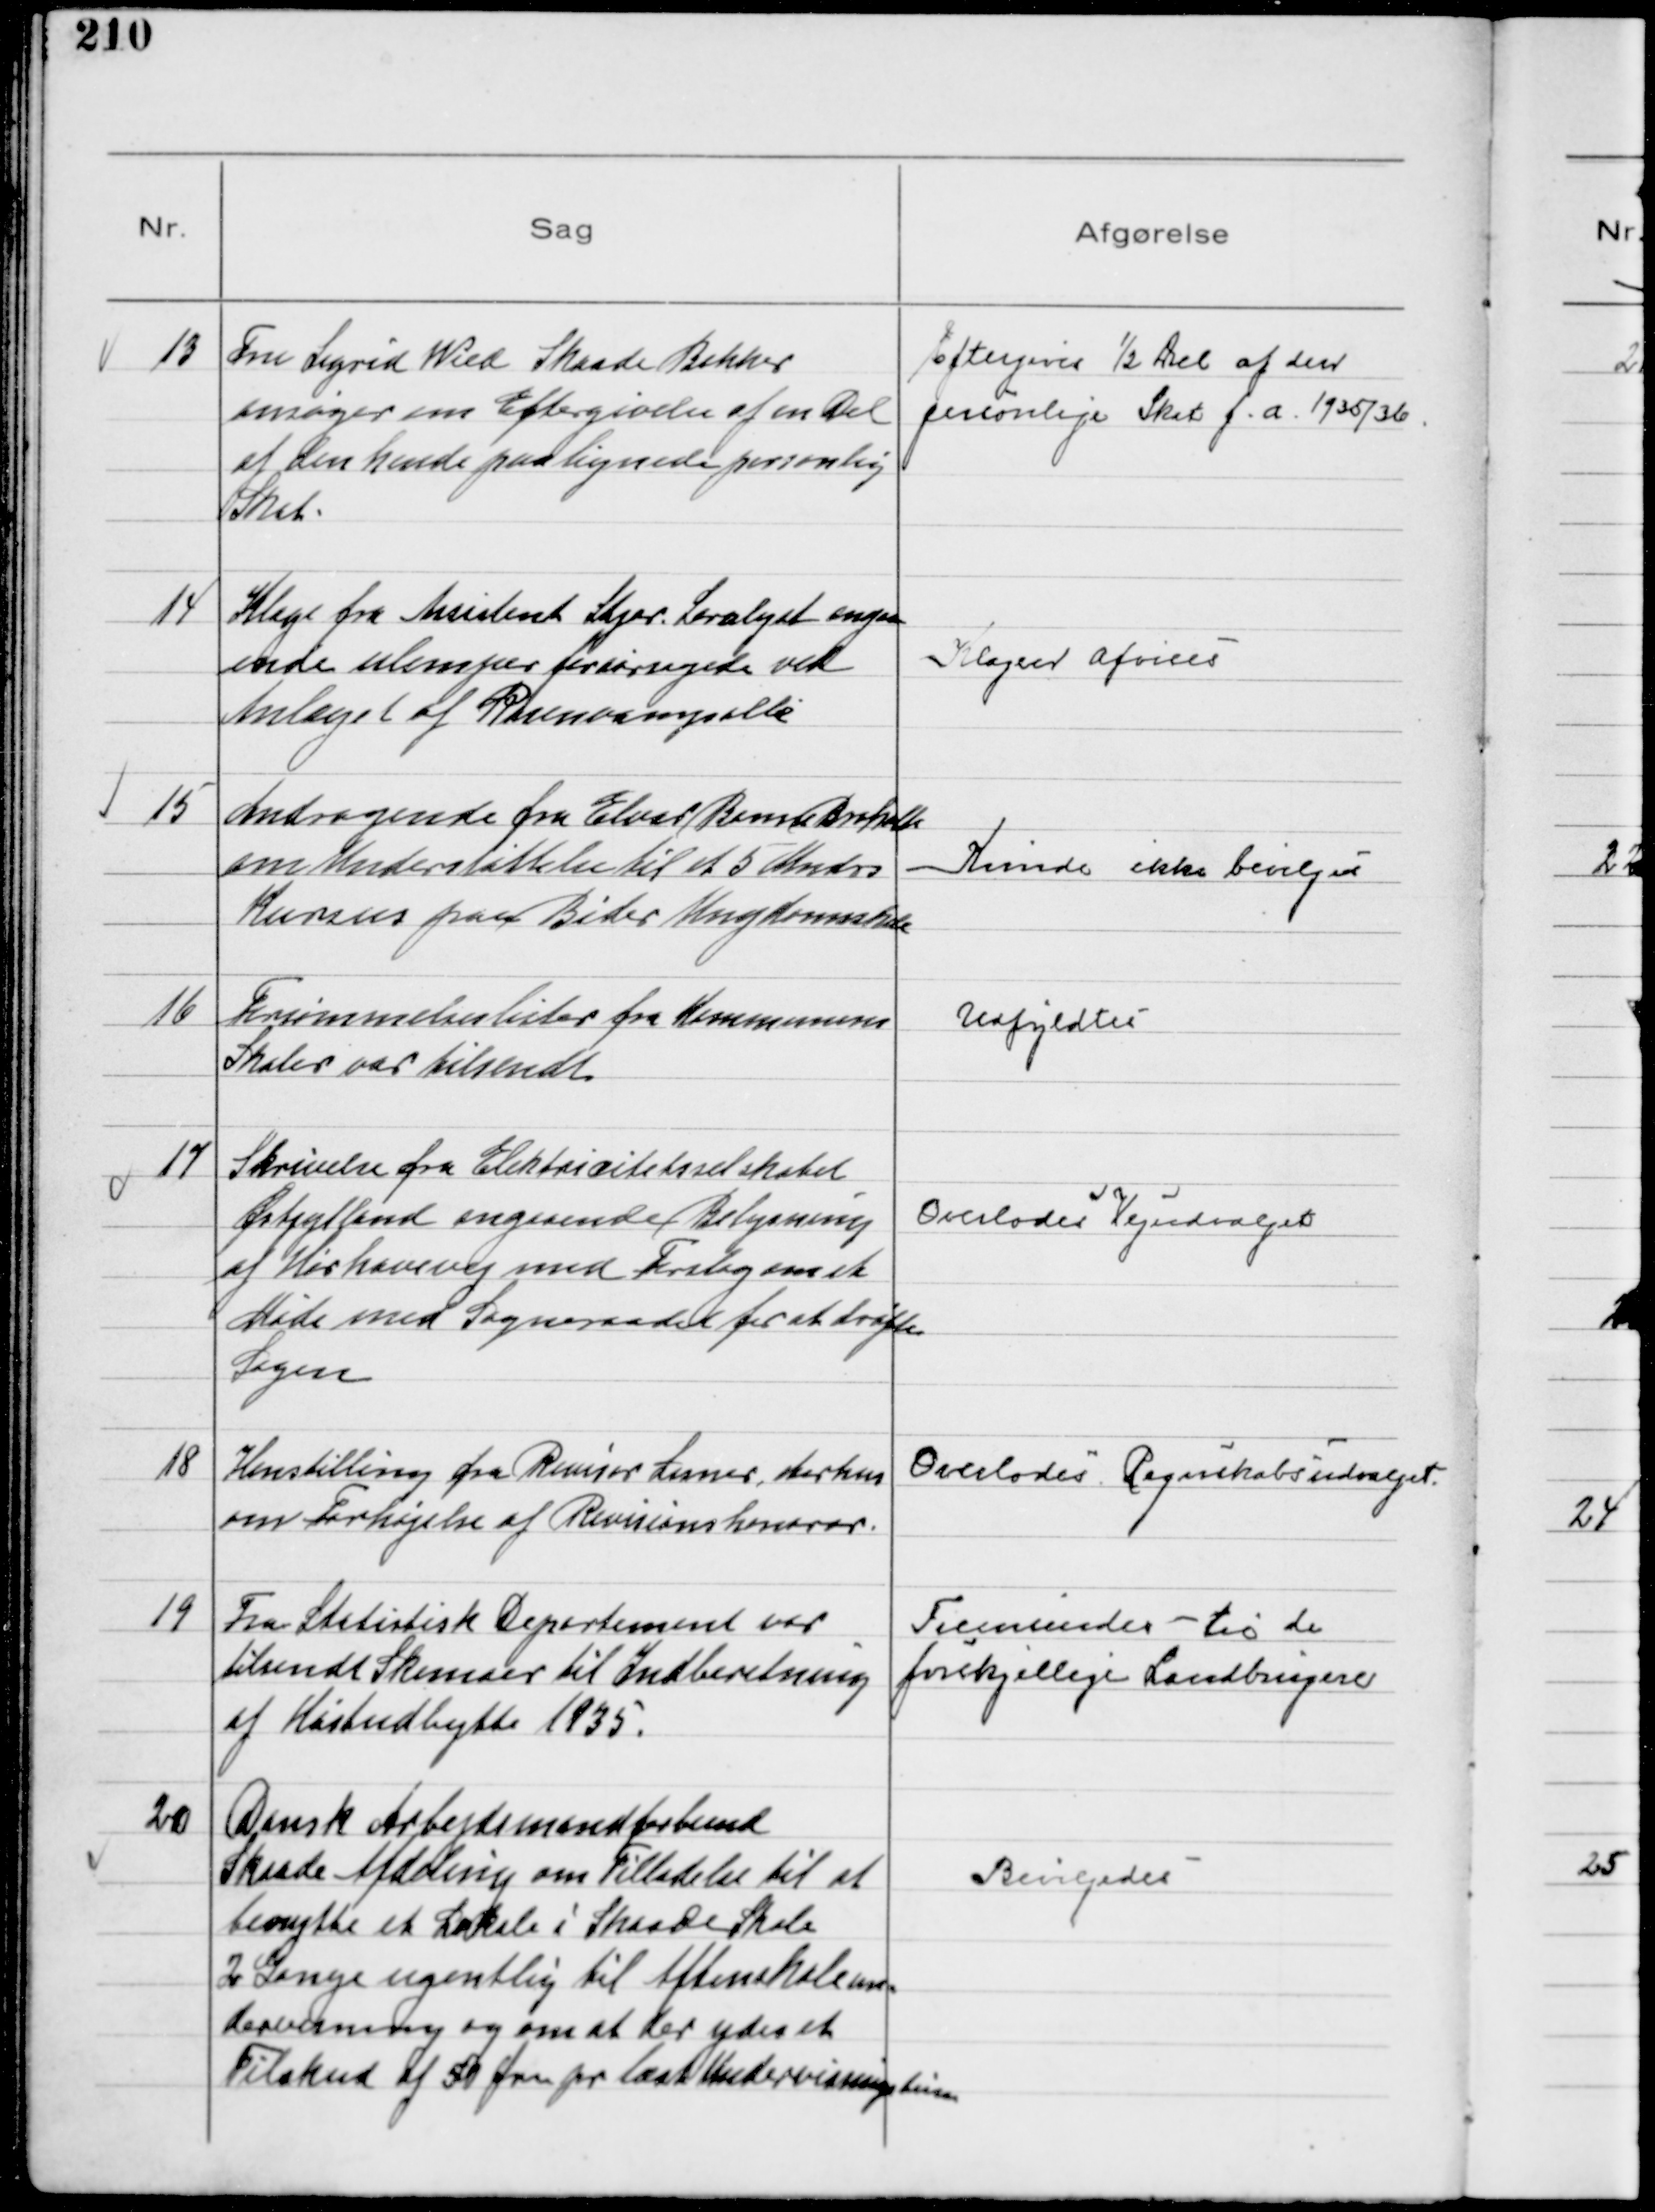
Transskription:
13
Fru Sigrid Wied Skaade Bakker
ansøger om Eftergivelse af en Del
af den hende paalignede personlig
Skat.

Eftergives ½ Del af den
personlige Skat f.a. 1935/36

14
Klage fra Assistent Stjer Saralyst angaa
ende ulemper foraarsagede ved
Anlæget af Rosenvangsalle

Klagen afvises

15
Andragende fra Elvar Bemer Broholte
om Understøttelse til et 5 Mndrs
Kursus paa Beder Ungdomsskole

Kunde ikke Bevilges

16
Forsømmelseslister fra Kommunens
Skoler var Tilsendt

Udfyldtes

17
Skrivelse fra Elektricitetsselskabet
Østjylland angaaende Belysning
af Hørhavevej med Forslag om et
Møde med Sogneraadet for at drøfte
Sagen

Overlodes Vejudvalget

18
Henstilling fra Revisor Lisner, Aarhus
om Forhøjelse af Revisionshonorar.

Overlodes Regnskabsudvalget

19
Fra Statistisk Departement var
tilsendt Skemaer til Indberetning
af Høstudbytte 1935.

Fremsendes til de
forskjellige Landbrugere

20
Dansk Arbejdsmandforbund
Skaade Afdeling om Tilladelse til at
benytte et Lokale i Skaade Skole
2 Gange ugentlig til Aftenskoleun-
dervisning og om at der ydes et
Tilskud af 50 Øre pr læst Undervisningstime

Bevilgedes